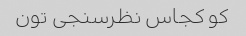
کو کجاس نظرسنجی تون